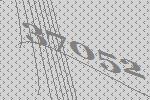
37052